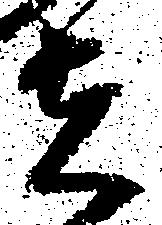
者